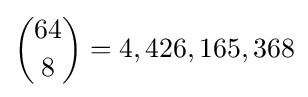
{\binom {64}{8}}=4,426,165,368